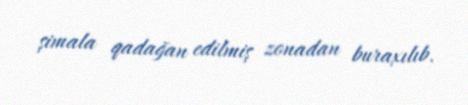
şimala qadağan edilmiş zonadan buraxılıb.